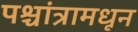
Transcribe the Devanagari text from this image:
पश्चांत्रामधून